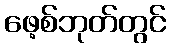
ဖေ့စ်ဘုတ်တွင်